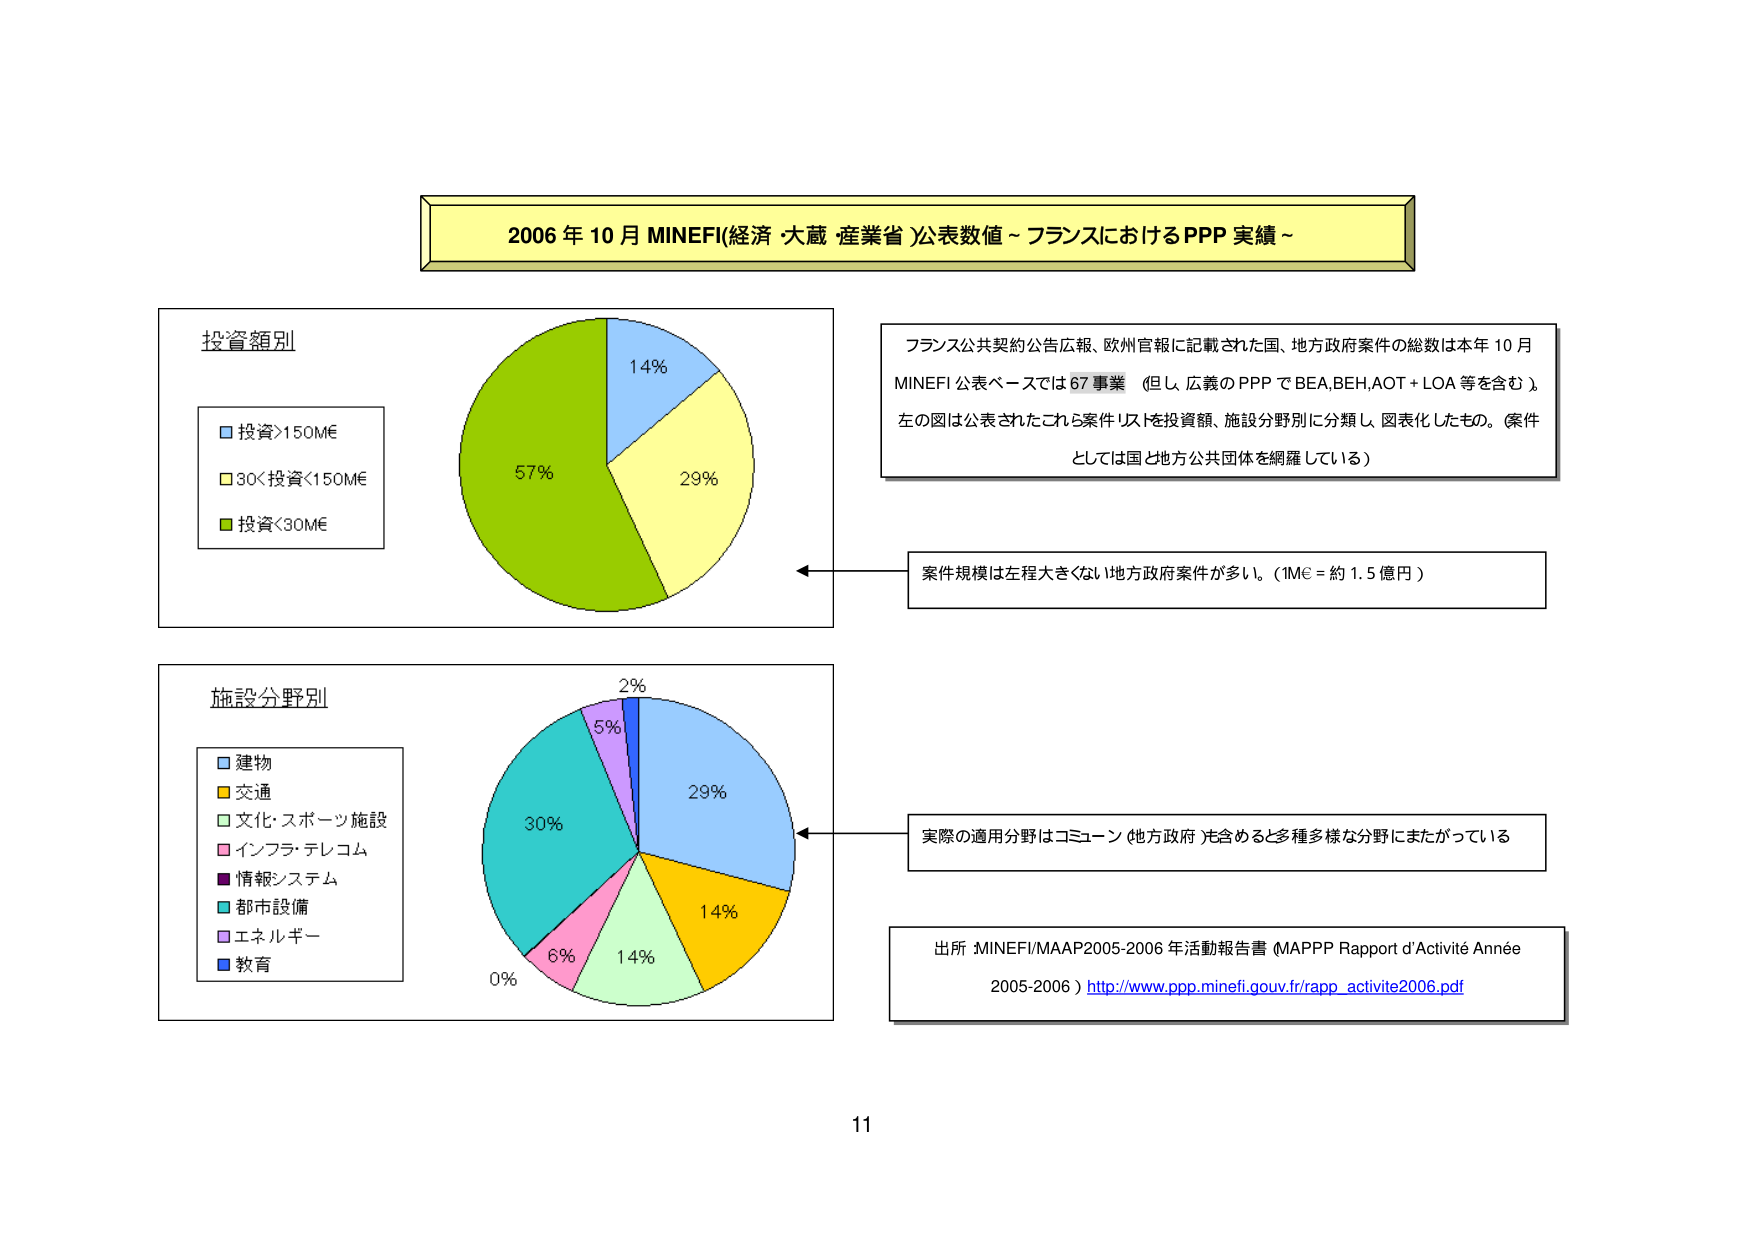
2006 年 10 月 MINEFI(経済・大蔵・産業省)公表数値 ~ フランスにおけるPPP 実績 ~

投資額別
■ 投資>150M€
■ 30<投資<150M€
■ 投資<30M€

14%
29%
57%

フランス公共契約公告広報、欧州官報に記載された国、地方政府案件の総数は本年10月
MINEFI 公表ベースでは67事業（但し、広義のPPPでBEA,BEH,AOT+LOA等を含む）。
左の図は公表されたこれら案件リストを投資額、施設分野別に分類し、図表化したもの。（案件
としては国と地方公共団体を網羅している）

案件規模は左程大きくない地方政府案件が多い。（1M€ = 約1.5億円）

施設分野別
■ 建物
■ 交通
■ 文化・スポーツ施設
■ インフラ・テレコム
■ 情報システム
■ 都市設備
■ エネルギー
■ 教育

2%
5%
29%
14%
14%
6%
0%
30%

実際の適用分野はコミューン（地方政府）を含めると多種多様な分野にまたがっている

出所：MINEFI/MAAP2005-2006年活動報告書（MAPPP Rapport d'Activité Année
2005-2006）http://www.ppp.minefi.gouv.fr/rapp_activite2006.pdf

11